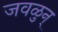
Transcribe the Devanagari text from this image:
जवळुन्